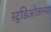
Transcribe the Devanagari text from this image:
स्टुडिओतल्या